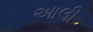
આલી